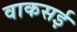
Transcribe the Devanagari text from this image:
वाकसई